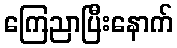
ကြေညာပြီးနောက်